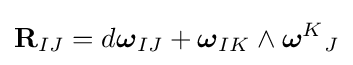
{\bf {R}}_{IJ}=d{\boldsymbol {\omega }}_{IJ}+{\boldsymbol {\omega }}_{IK}\wedge {\boldsymbol {\omega }}^{K}{}_{J}